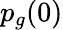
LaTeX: p_{g}(0)